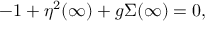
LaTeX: - 1 + \eta ^ { 2 } ( \infty ) + g \Sigma ( \infty ) = 0 ,